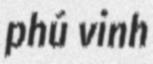
phú vinh